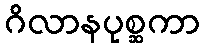
ဂိလာနပုစ္ဆကာ